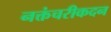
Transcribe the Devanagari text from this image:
नक्तंचरीकदन